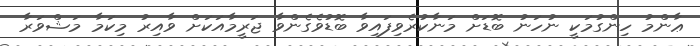
ޢާންމު ހިންގުމަކީ ނުހަނު ބޮޑަށް މަނާކުރެވިފައިވާ ބޮޑުވެގެންވާ ޖަރީމާއަކަށް ވާއިރު މިކަމާ މަޝްވަރާ